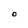
Character: O